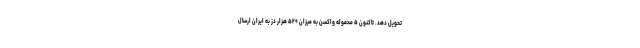
تحویل دهد. تاکنون ۵ محموله واکسن به میزان ۵۲۰ هزار دُز به ایران ارسال